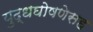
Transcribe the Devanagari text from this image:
युद्धघोषणेसह